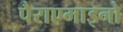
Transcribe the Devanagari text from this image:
पैराएमाइनो